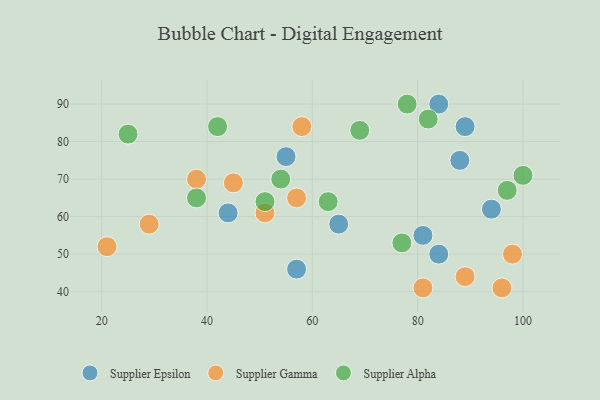
{"axis": {"x": "GDP", "y": "Life Expectancy"}, "legend": ["Supplier Alpha", "Supplier Epsilon", "Supplier Gamma"], "data": [{"x": "65", "y": 58, "type": "Supplier Epsilon"}, {"x": "44", "y": 61, "type": "Supplier Epsilon"}, {"x": "94", "y": 62, "type": "Supplier Epsilon"}, {"x": "55", "y": 76, "type": "Supplier Epsilon"}, {"x": "81", "y": 55, "type": "Supplier Epsilon"}, {"x": "88", "y": 75, "type": "Supplier Epsilon"}, {"x": "57", "y": 46, "type": "Supplier Epsilon"}, {"x": "89", "y": 84, "type": "Supplier Epsilon"}, {"x": "84", "y": 90, "type": "Supplier Epsilon"}, {"x": "84", "y": 50, "type": "Supplier Epsilon"}, {"x": "21", "y": 52, "type": "Supplier Gamma"}, {"x": "57", "y": 65, "type": "Supplier Gamma"}, {"x": "45", "y": 69, "type": "Supplier Gamma"}, {"x": "38", "y": 70, "type": "Supplier Gamma"}, {"x": "81", "y": 41, "type": "Supplier Gamma"}, {"x": "98", "y": 50, "type": "Supplier Gamma"}, {"x": "89", "y": 44, "type": "Supplier Gamma"}, {"x": "96", "y": 41, "type": "Supplier Gamma"}, {"x": "29", "y": 58, "type": "Supplier Gamma"}, {"x": "51", "y": 61, "type": "Supplier Gamma"}, {"x": "58", "y": 84, "type": "Supplier Gamma"}, {"x": "63", "y": 64, "type": "Supplier Alpha"}, {"x": "54", "y": 70, "type": "Supplier Alpha"}, {"x": "51", "y": 64, "type": "Supplier Alpha"}, {"x": "82", "y": 86, "type": "Supplier Alpha"}, {"x": "42", "y": 84, "type": "Supplier Alpha"}, {"x": "77", "y": 53, "type": "Supplier Alpha"}, {"x": "25", "y": 82, "type": "Supplier Alpha"}, {"x": "100", "y": 71, "type": "Supplier Alpha"}, {"x": "38", "y": 65, "type": "Supplier Alpha"}, {"x": "69", "y": 83, "type": "Supplier Alpha"}, {"x": "97", "y": 67, "type": "Supplier Alpha"}, {"x": "78", "y": 90, "type": "Supplier Alpha"}]}